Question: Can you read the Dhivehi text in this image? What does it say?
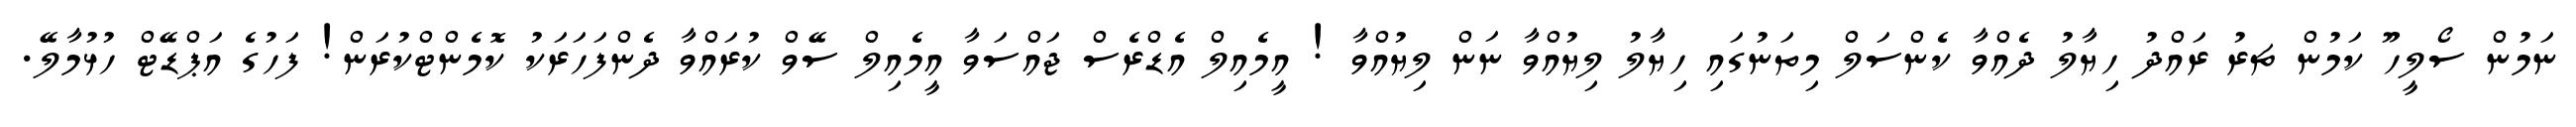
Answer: ނަމުން ސޯލީހޫ ކަމުން ޗރު ރައްދު ހިޔާލު ދެއްވާ ކެންސަލް މިތަނުގައި ހިޔާލު ލިޔުއްވާ ނަން ލިޔުއްވާ ! އީމެއިލް އެޑްރެސް ޖައްސަވާ އީމެއިލް ސޭވް ކުރައްވާ ދެންފަހަރަކު ކޮމެންޓްކުރަން! ފަހުގެ އަޕްޑޭޓް ހުޅުމާލޭ.